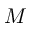
M